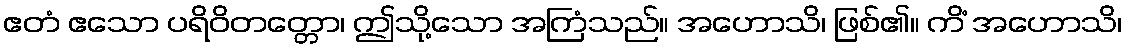
ဧတံ ဧသော ပရိဝိတတ္တော၊ ဤသို့သော အကြံသည်။ အဟောသိ၊ ဖြစ်၏။ ကိံ အဟောသိ၊